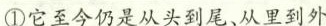
①它至今仍是从头到尾、从里到外